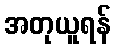
အတုယူရန်